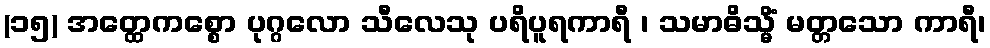
(၁၅) အတ္ထေကစ္စော ပုဂ္ဂလော သီလေသု ပရိပူရကာရီ ၊ သမာဓိသ္မိံ မတ္တသော ကာရီ၊